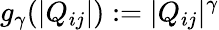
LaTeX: g_{\gamma}(|Q_{ij}|):=|Q_{ij}|^{\gamma}